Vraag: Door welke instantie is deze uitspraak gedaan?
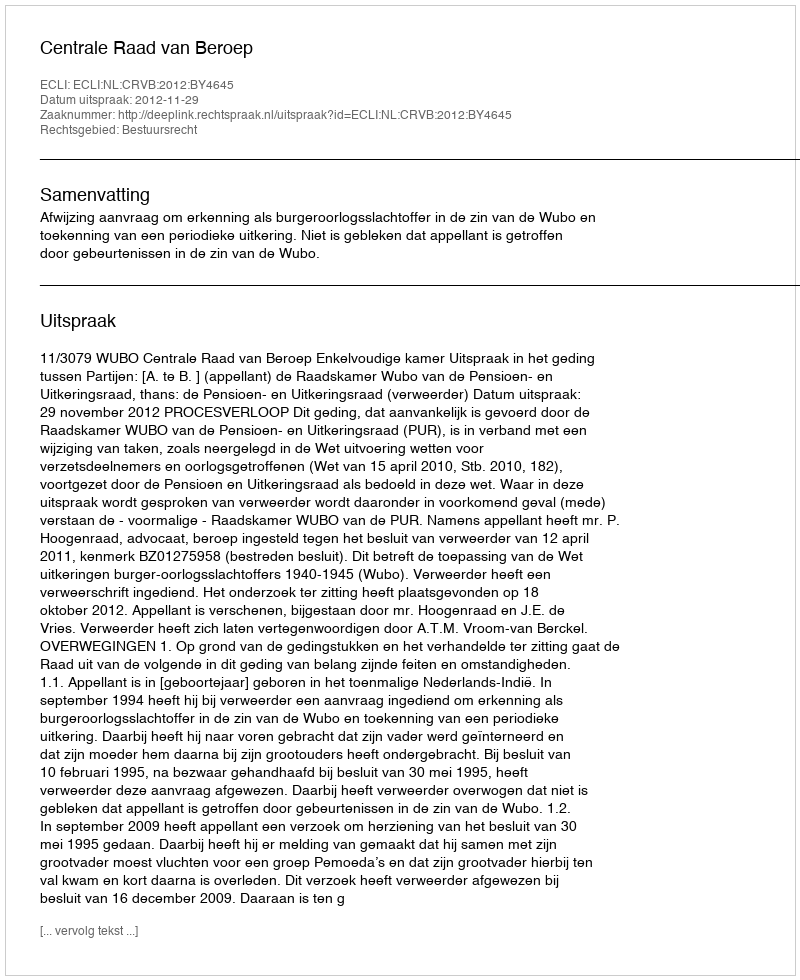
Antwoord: Centrale Raad van Beroep